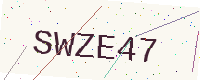
Text: SWZE47